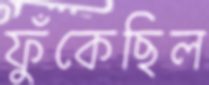
ফুঁকেছিল